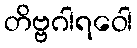
တိဗ္ဗဂါရဝေါ